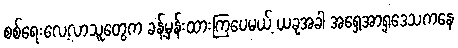
စစ်ရေးလေ့လာသူတွေက ခန့်မှန်းထားကြပေမယ့် ယခုအခါ အရှေ့အာရှဒေသကနေ